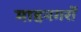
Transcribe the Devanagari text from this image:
माहनगरों